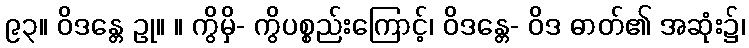
၉၃။ ဝိဒန္တေ ဥု။ ။ ကွိမှိ- ကွိပစ္စည်းကြောင့်၊ ဝိဒန္တေ- ဝိဒ ဓာတ်၏ အဆုံး၌၊